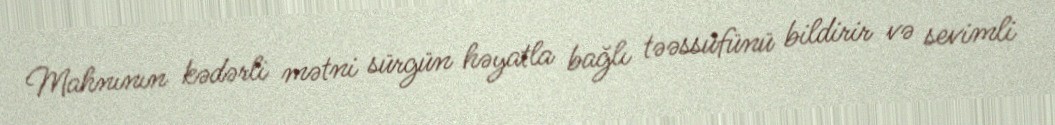
Mahnının kədərli mətni sürgün həyatla bağlı təəssüfünü bildirir və sevimli